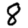
Digit: 8